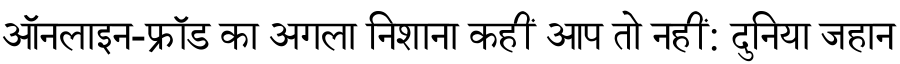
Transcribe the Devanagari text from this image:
ऑनलाइन-फ्रॉड का अगला निशाना कहीं आप तो नहीं: दुनिया जहान